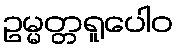
ဥမ္မတ္တရူပေါဝ